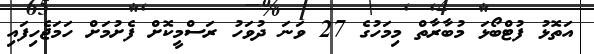
އަތޮޅު ފުޓްބޯޅަ މުބާރާތް މިމަހުގެ 27 ވަނަ ދުވަހު ރަސްމީކޮށް ފެށުމަށް ހަމަޖެހިފައި